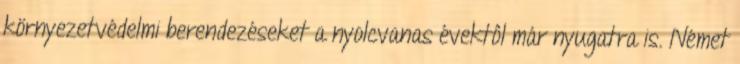
környezetvédelmi berendezéseket a nyolcvanas évektôl már nyugatra is. Német